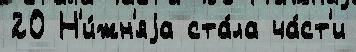
20 Н'и́жн'яjа ста́ла ча́ст'и